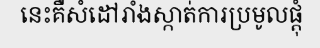
នេះគឺសំដៅរាំងស្កាត់ការប្រមូលផ្តុំ